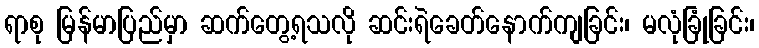
ရာစု မြန်မာပြည်မှာ ဆက်တွေ့ရသလို ဆင်းရဲခေတ်နောက်ကျခြင်း၊ မလုံခြုံခြင်း၊